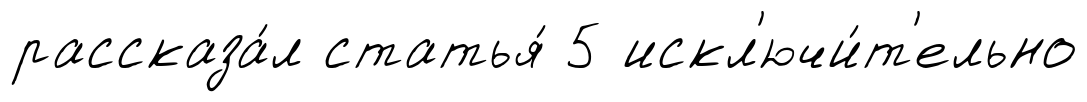
рассказа́л статья́ 5 искл'ючи́т'ельно